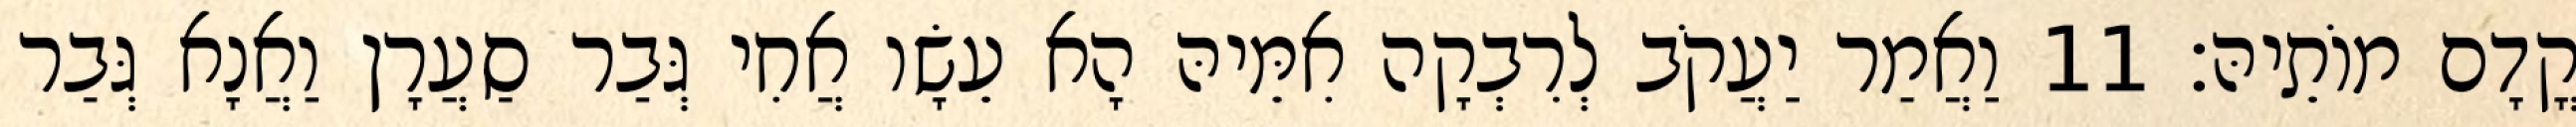
קֳדָם מוֹתֵיהּ׃ 11 וַאֲמַר יַעֲקֹב לְרִבְקָה אִמֵּיהּ הָא עֵשָׂו אֲחִי גְּבַר סַעֲרָן וַאֲנָא גְּבַר